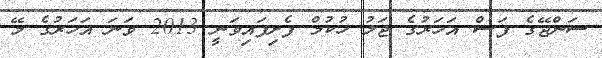
ސަންޖޭގެ ފަސް އަހަރުގެ ޖަލު ހުކުމް ފެށިފައިވަނީ 2013 ވަނަ އަހަރުގެ މޭ